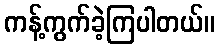
ကန့်ကွက်ခဲ့ကြပါတယ်။